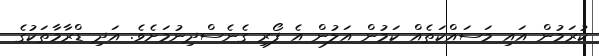
ކުރަމުން އައި މަސައްކަތެއް ކަމުން އަލުން އެ ފޯރި ގެނެސްދިނުމަށެވެ. އަދި ޑްރާމާތަކުގެ